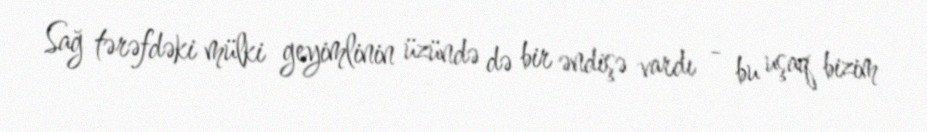
Sağ tərəfdəki mülki geyimlinin üzündə də bir əndişə vardı - bu uşaq bizim